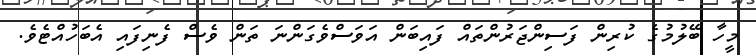
މީހާ ބޭލުމުގެ ކުރިން ފަސިންޖަރުންތައް ފައިބަން އަވަސްވެގަންނަ ތަން ވެސް ފެނިފައި އެބަހުއްޓެވެ.